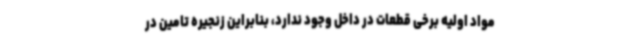
مواد اولیه برخی قطعات در داخل وجود ندارد، بنابراین زنجیره تامین در